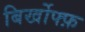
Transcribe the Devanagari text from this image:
बिर्खोफ्फ़